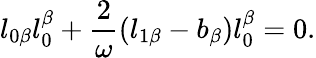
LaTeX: l_{0\beta}l_{0}^{\beta}+\frac{2}{\omega}\left(l_{1\beta}-b_{\beta}\right)l_{0}^{\beta}=0.